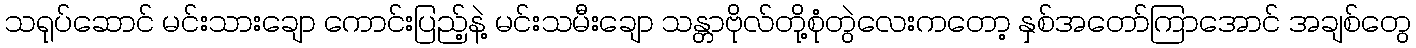
သရုပ်ဆောင် မင်းသားချော ကောင်းပြည့်နဲ့ မင်းသမီးချော သန္တာဗိုလ်တို့စုံတွဲလေးကတော့ နှစ်အတော်ကြာအောင် အချစ်တွေ